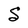
Character: S